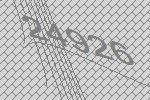
24926